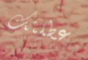
عطلتك